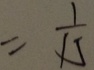
= \frac { 1 } { 1 5 }